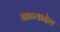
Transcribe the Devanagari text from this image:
नान्यादेव